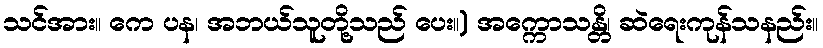
သင်အား။ ကေ ပန၊ အဘယ်သူတို့သည် ပေး။) အက္ကောသန္တိ၊ ဆဲရေးကုန်သနည်း။